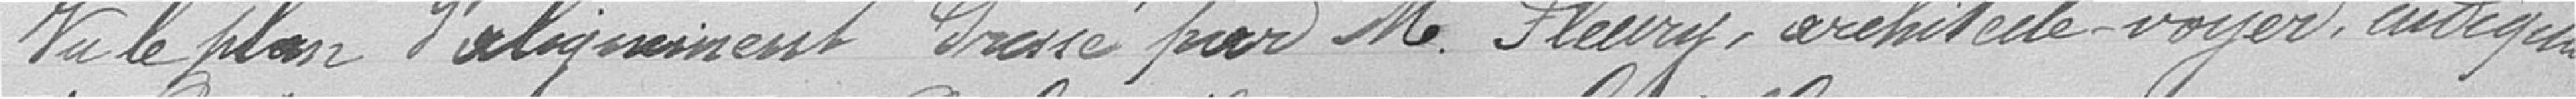
Vu le plan d'alignement dressé par Monsieur Fleury, architecte Voyer, indiquant